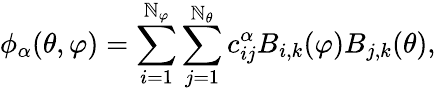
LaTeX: \phi_{\alpha}(\theta,\varphi)=\sum_{i=1}^{\mathbb{N}_{\varphi}}\sum_{j=1}^{\mathbb{N}_{\theta}}c_{ij}^{\alpha}B_{i,k}(\varphi)B_{j,k}(\theta),